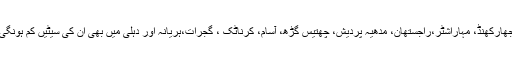
جھارکھنڈ، مہاراشٹر،راجستھان، مدھیہ پردیش، چھتیس گڑھ، آسام، کرناٹک ، گجرات،ہریانہ اور دہلی میں بھی ان کی سیٹیں کم ہونگی۔